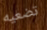
تضعيه